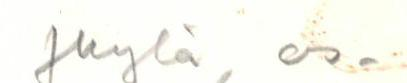
Jkylä, os.